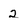
Character: 2